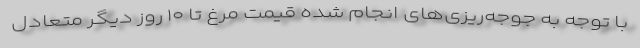
با توجه به جوجه‌ریزی‌های انجام شده قیمت مرغ تا ۱۰ روز دیگر متعادل